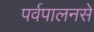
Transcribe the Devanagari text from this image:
पर्वपालनसे